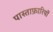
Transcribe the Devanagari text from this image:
पास्ताफ़ारियों